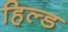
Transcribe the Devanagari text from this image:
हिल्ड